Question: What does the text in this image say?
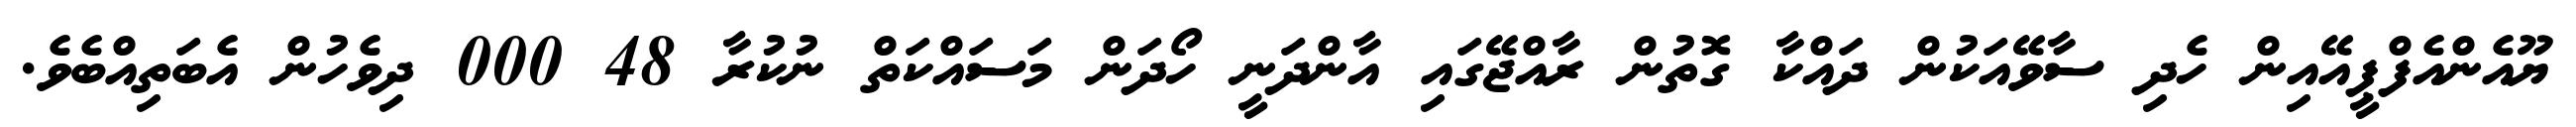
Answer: ޔޫއެންއެފްޕީއޭއިން ހެދި ސާވޭއަކުން ދައްކާ ގޮތުން ރާއްޖޭގައި އާންދަނީ ހޯދަން މަސައްކަތް ނުކުރާ 48 000 ދިވެހުން އެބަތިއްބެވެ.